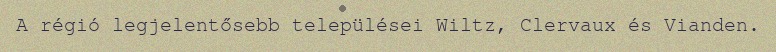
A régió legjelentősebb települései Wiltz, Clervaux és Vianden.